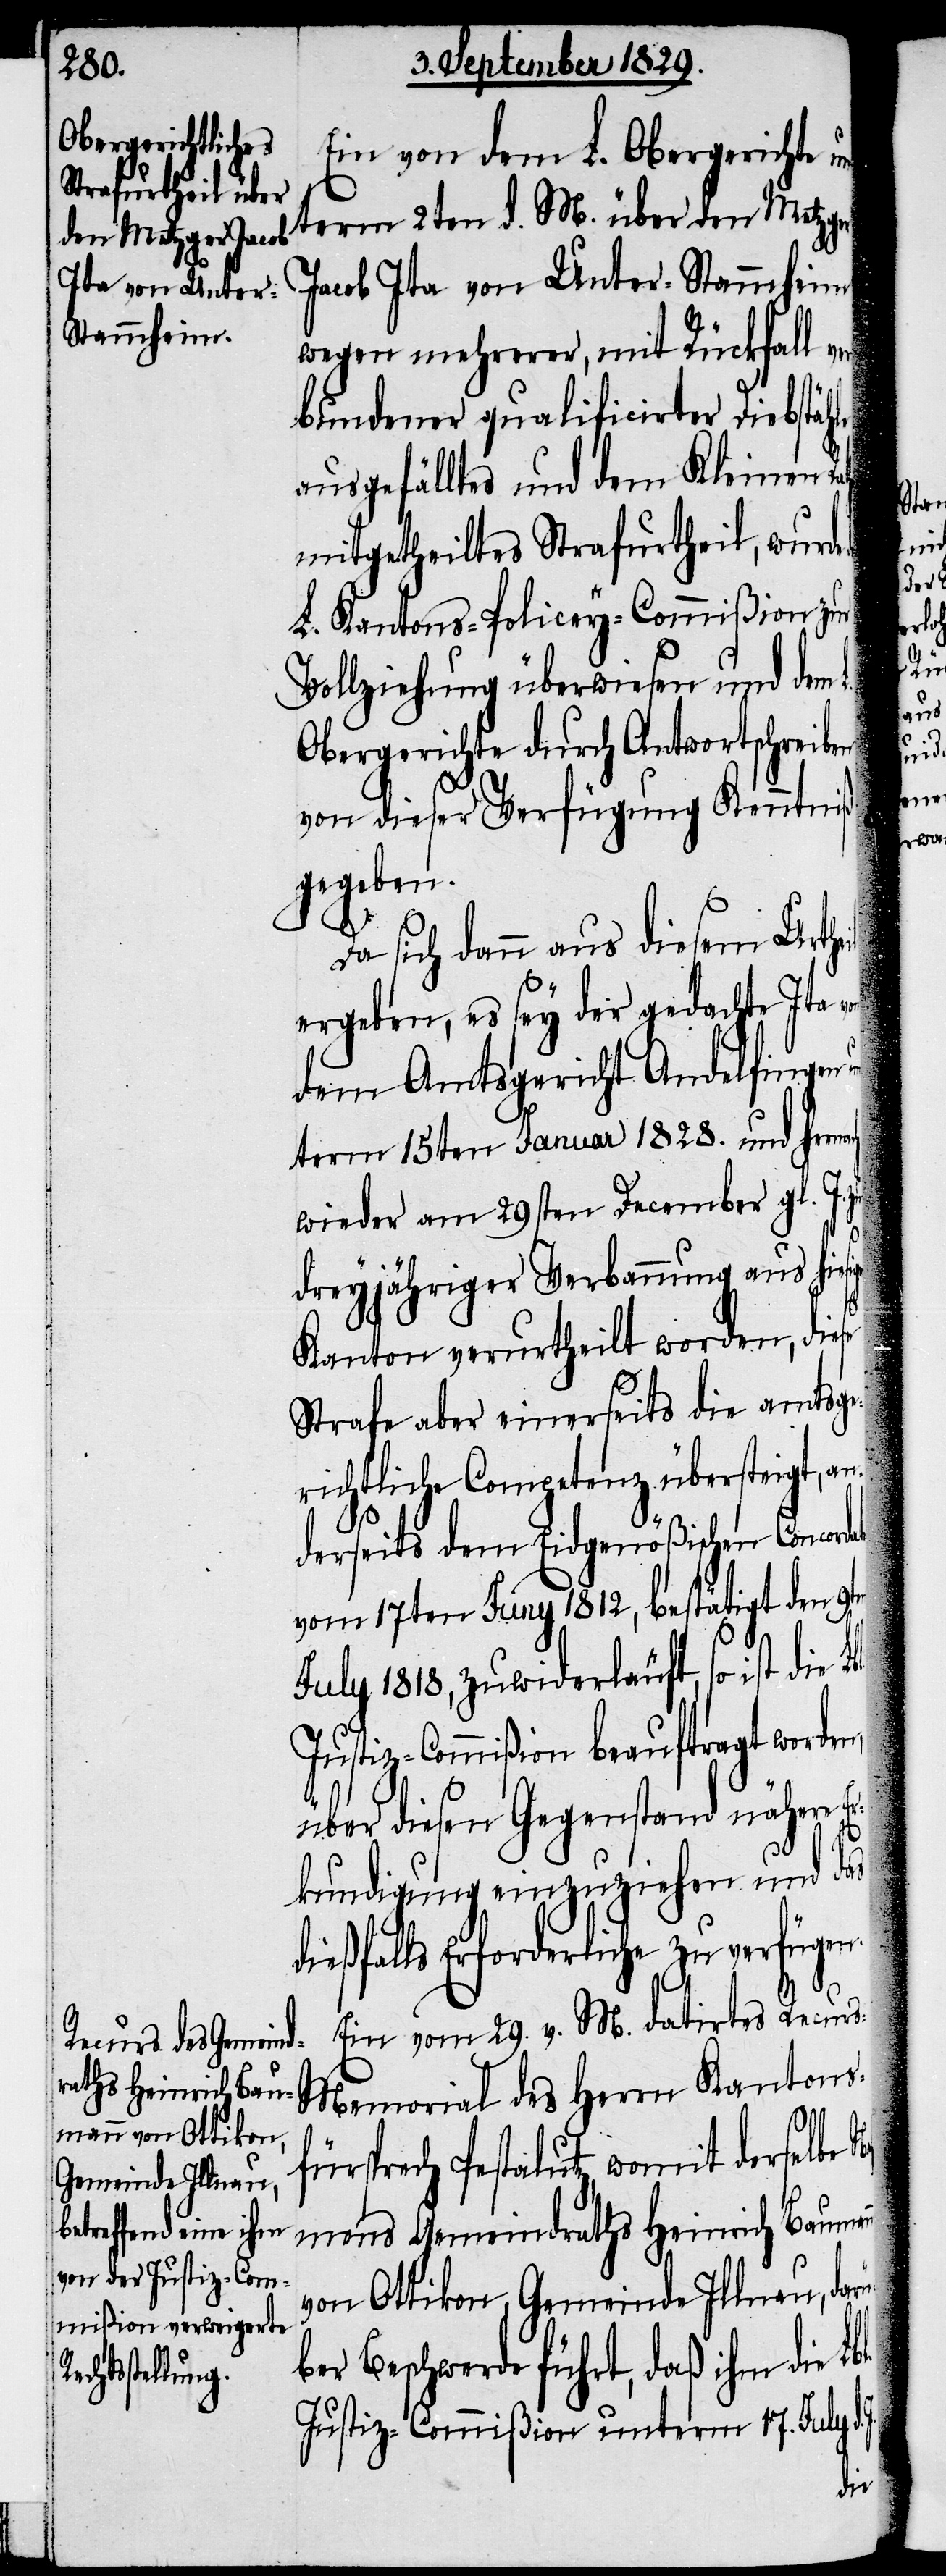
Ein von dem L. Obergerichte un¬
term 2ten d. M. über den Metzger
Jacob Ita von Unter-Stammheim
wegen mehrerer, mit Rückfall ver¬
bundener qualificirter Diebstäh¬
ausgefälltes und dem Kleinen
mitgetheiltes Strafurtheil, wurde
L. Kantons-Policey-Commißion zur
Vollziehung überwiesen und dem
Obergerichte durch Antwortschreiben
von dieser Verfügung Kenntniß
gegeben.
d.
Da sich dann auch diesem Urth¬
ergeben, es sey der gedachte Ita
dem Amtsgericht Andelfingen
term 15ten Januar 1828. und hernach
wieder am 29sten December gl. J.
üb¬
dreyjähriger Verbannung aus
Kanton verurtheilt worden, diese
Strafe aber einerseits die amtsge¬
richtliche Competenz übersteigt, an¬
derseits dem Eidgenößischen Concor¬
vom 17ten Juny 1812, bestätigt den 9t¬
July 1818, zuwiderläuft, so ist die
Justiz-Commißion beauftragt worde¬
über diesen Gegenstand nähere Er¬
kundigung einzuziehen und das
dießfalls Erforderliche zu verfügen.
Ein vom 29. v. M. datirtes Recur¬
s-Memorial des Herrn Kantons¬
fürsprech Pestalutz, womit derselbe
mens Gemeindrath Heinrich Bauma¬
von Ottikon, Gemeinde Illnau, dar¬
er Beschwerde führt, daß ihm die
Justiz-Commißion unterm 17. July

nn
der
date
eil
en
J.